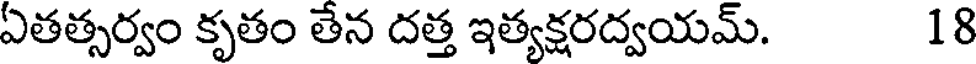
ఏతత్సర్వం కృతం తేన దత్త ఇత్యక్షరద్వయమ్. 18